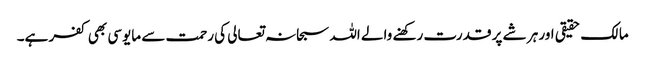
مالک حقیقی اور ہر شے پر قدرت رکھنے والے اللہ سبحانہ تعالی کی رحمت سے مایوسی بھی کفر ہے۔